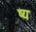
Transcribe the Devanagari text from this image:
ष्य